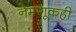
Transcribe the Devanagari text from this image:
नेमणूकही